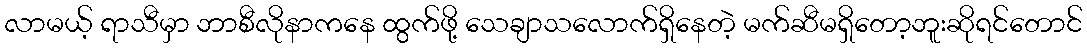
လာမယ့် ရာသီမှာ ဘာစီလိုနာကနေ ထွက်ဖို့ သေချာသလောက်ရှိနေတဲ့ မက်ဆီမရှိတော့ဘူးဆိုရင်တောင်